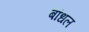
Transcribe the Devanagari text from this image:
बांधल